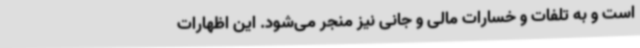
است و به تلفات و خسارات مالی و جانی نیز منجر می‌شود. این اظهارات